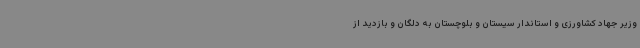
وزیر جهاد کشاورزی و استاندار سیستان و بلوچستان به دلگان و بازدید از